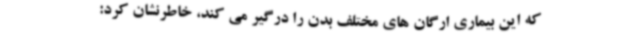
که این بیماری ارگان های مختلف بدن را درگیر می کند، خاطرنشان کرد: